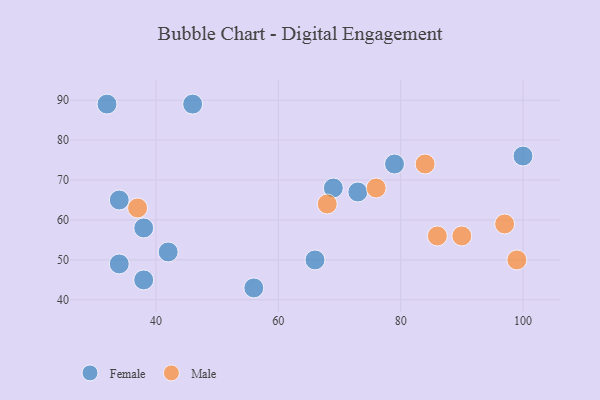
{"axis": {"x": "GDP", "y": "Life Expectancy"}, "legend": ["Female", "Male"], "data": [{"x": "34", "y": 49, "type": "Female"}, {"x": "79", "y": 74, "type": "Female"}, {"x": "56", "y": 43, "type": "Female"}, {"x": "73", "y": 67, "type": "Female"}, {"x": "34", "y": 65, "type": "Female"}, {"x": "69", "y": 68, "type": "Female"}, {"x": "38", "y": 58, "type": "Female"}, {"x": "32", "y": 89, "type": "Female"}, {"x": "66", "y": 50, "type": "Female"}, {"x": "100", "y": 76, "type": "Female"}, {"x": "42", "y": 52, "type": "Female"}, {"x": "38", "y": 45, "type": "Female"}, {"x": "46", "y": 89, "type": "Female"}, {"x": "86", "y": 56, "type": "Male"}, {"x": "84", "y": 74, "type": "Male"}, {"x": "37", "y": 63, "type": "Male"}, {"x": "68", "y": 64, "type": "Male"}, {"x": "99", "y": 50, "type": "Male"}, {"x": "90", "y": 56, "type": "Male"}, {"x": "76", "y": 68, "type": "Male"}, {"x": "97", "y": 59, "type": "Male"}]}